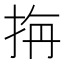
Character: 𭠭